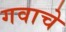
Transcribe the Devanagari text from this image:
गवाचे